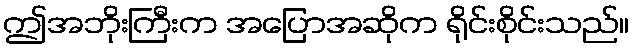
ဤအဘိုးကြီးက အပြောအဆိုက ရိုင်းစိုင်းသည်။